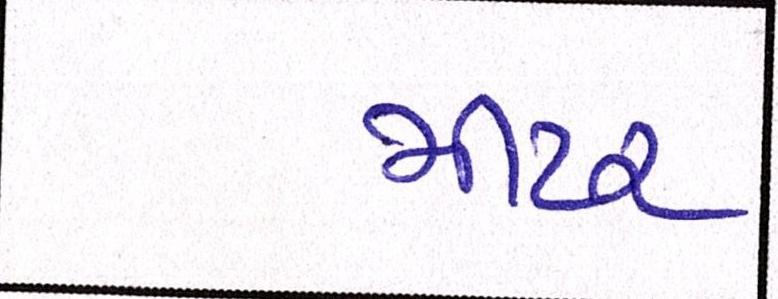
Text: મીટર